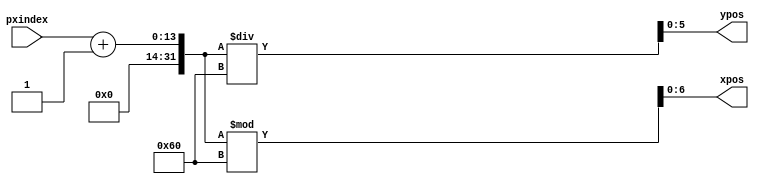
`timescale 1ns / 1ps
//////////////////////////////////////////////////////////////////////////////////
// Company: 
// Engineer: 
// 
// Design Name: 
// Module Name: Coordinate_Converter
// Project Name: 
// Target Devices: 
// Tool Versions: 
// Description: 
// 
// Dependencies: 
// 
// Revision:
// Revision 0.01 - File Created
// Additional Comments:
// 
//////////////////////////////////////////////////////////////////////////////////


module Coordinate_Converter(
    input [12:0] pxindex,
    output [6:0] xpos,
    output [5:0] ypos
    );
    
    assign xpos = (pxindex + 1) % 96;
    assign ypos = (pxindex + 1) / 96;
endmodule